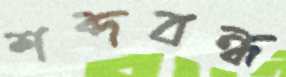
শব্দবন্ধ